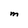
Character: M